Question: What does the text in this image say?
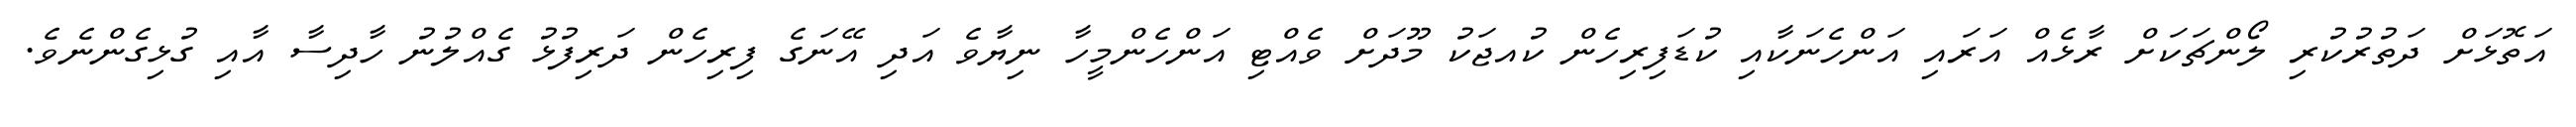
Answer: އަތޮޅަށް ދަތުރުކުރި ލޯންޗަކަށް ރާޅެއް އަރައި އަންހެނަކާއި ކުޑަފިރިހެން ކުއޖަކު މޫދަށް ވެއްޓި އަންހެންމީހާ ނިޔާވެ އަދި އޭނަގެ ފިރިހެން ދަރިފުޅު ގެއްލުނު ހާދިސާ އާއި ގުޅިގެންނެވެ.